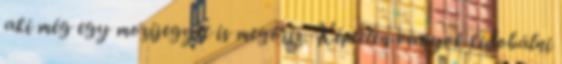
aki még egy mozijegyet is megőriz. Képtelen vagyok kidobálni